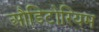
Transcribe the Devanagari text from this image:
औडिटोरियम